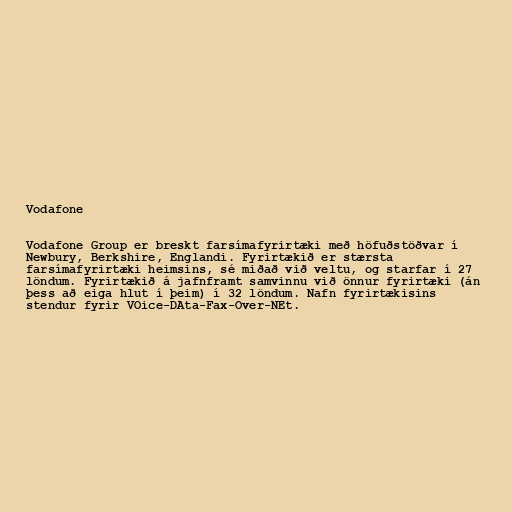
Vodafone

Vodafone Group er breskt farsímafyrirtæki með höfuðstöðvar í
Newbury, Berkshire, Englandi. Fyrirtækið er stærsta
farsímafyrirtæki heimsins, sé miðað við veltu, og starfar í 27
löndum. Fyrirtækið á jafnframt samvinnu við önnur fyrirtæki (án
þess að eiga hlut í þeim) í 32 löndum. Nafn fyrirtækisins
stendur fyrir VOice-DAta-Fax-Over-NEt.